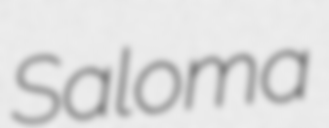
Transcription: Saloma